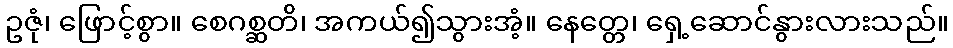
ဥဇုံ၊ ဖြောင့်စွာ။ စေဂစ္ဆတိ၊ အကယ်၍သွားအံ့။ နေတ္တေ၊ ရှေ့ဆောင်နွားလားသည်။